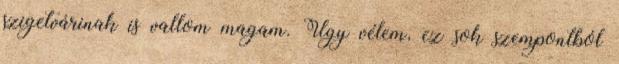
szigetvárinak is vallom magam. Úgy vélem, ez sok szempontból